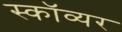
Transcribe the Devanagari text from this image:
स्काॅव्यर